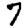
Digit: 7